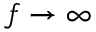
f \rightarrow \infty